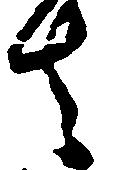
去